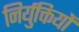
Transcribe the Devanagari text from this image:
निर्युक्तियों